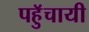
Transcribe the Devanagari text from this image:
पहुॅचायी